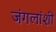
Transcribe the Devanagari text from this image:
जंगलांशी